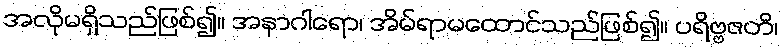
အလိုမရှိသည်ဖြစ်၍။ အနာဂါရော၊ အိမ်ရာမထောင်သည်ဖြစ်၍။ ပရိဗ္ဗဇတိ၊